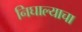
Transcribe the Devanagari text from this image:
निघाल्याचा